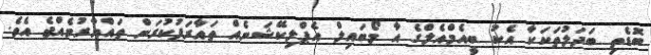
ބޮޑެތި ބަދަލުތަކަކާ އެކު ބީއެމްއެލްގެ އާ މޯބައިލް އެޕްލިކޭޝަނެއް ތައާރަފުކުރަން ތައްޔާރުވެއްޖެ އެވެ.